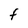
Character: F